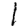
Digit: 1